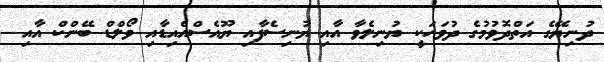
ދުނިޔޭގެ އަތްދޮވުމުގެ ދުވަހަކީ ޔުނިލެވާ އާއި ޔުނިސެފާއި ޔޫއެސްއެއިޑާއި ވޯލްޑް ބޭންކް އާއި